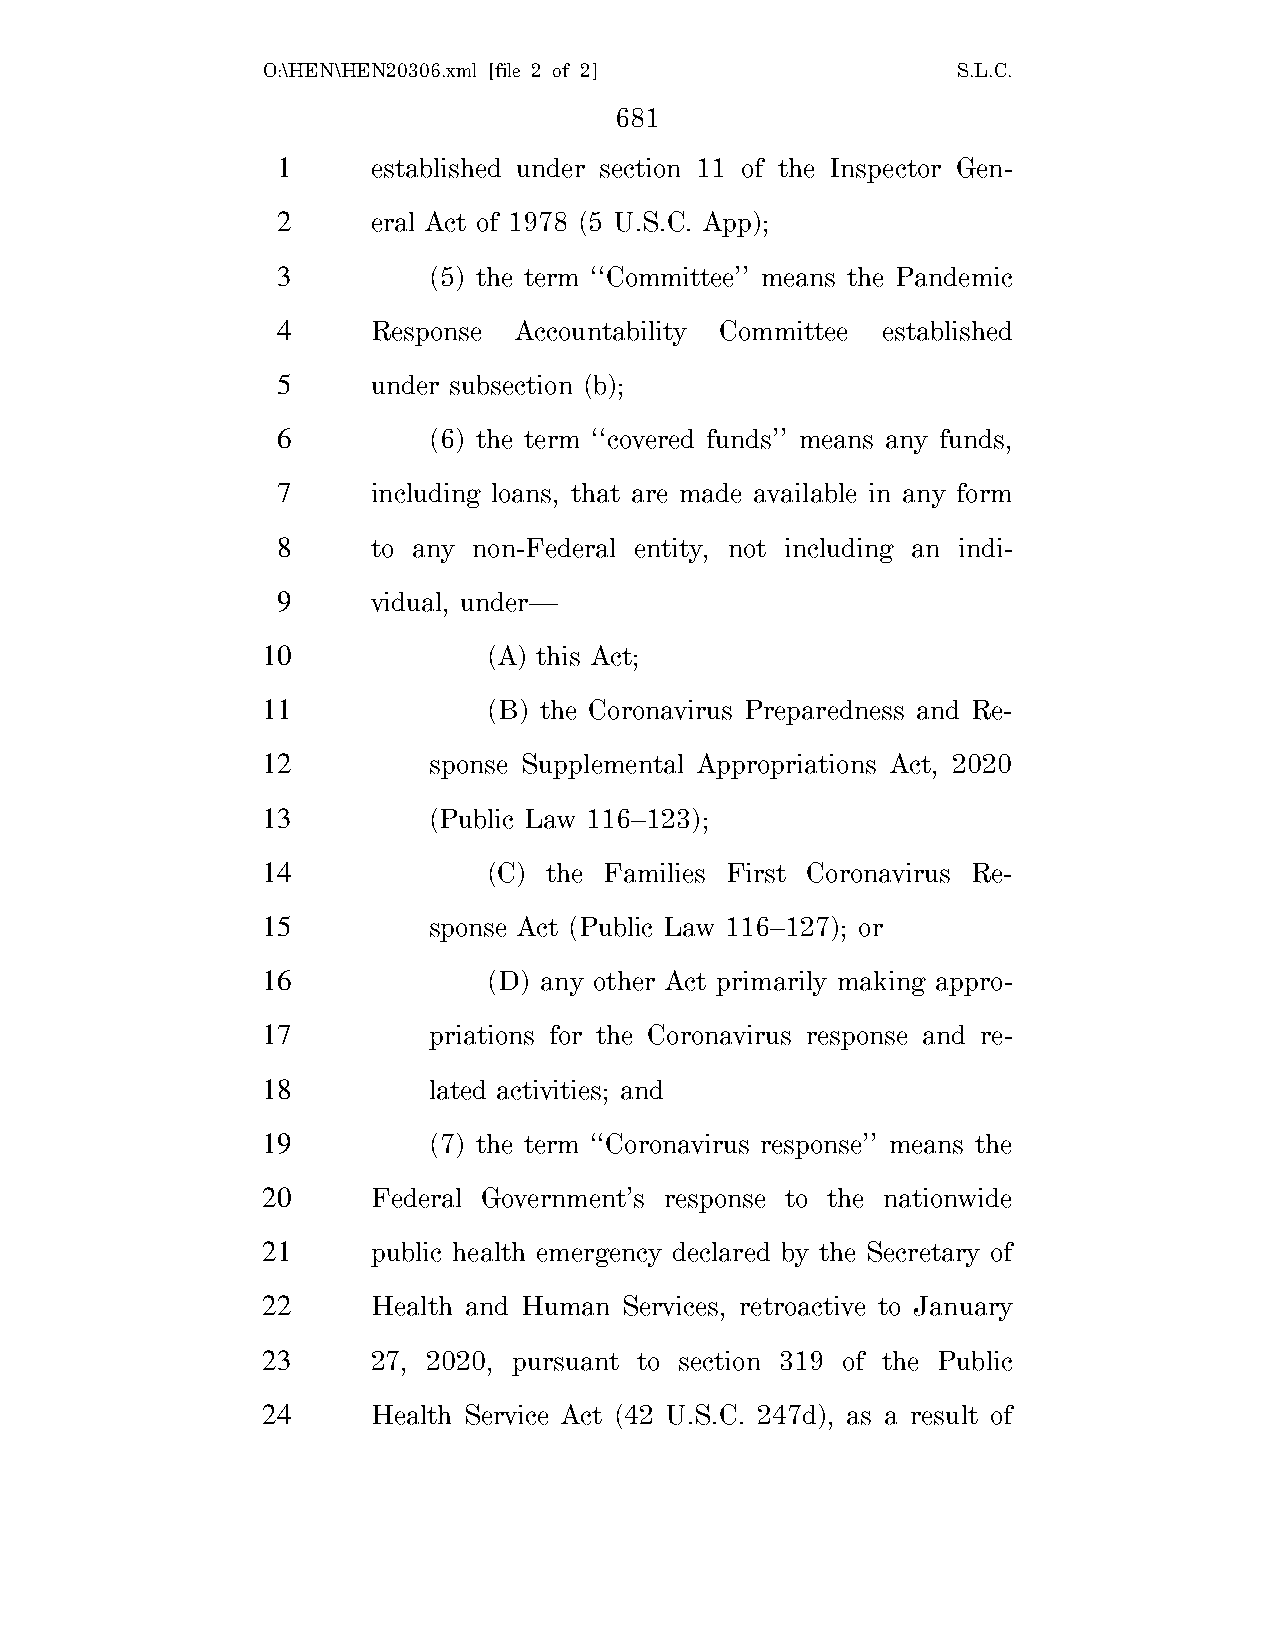
O:\HEN\HEN20306.xml [file 2 of 2]             S.L.C.
 681
 1      established under section 11 of the Inspector Gen-
 2      eral Act of 1978 (5 U.S.C. App);
 3         (5) the term ‘‘Committee’’ means the Pandemic
 4      Response Accountability Committee established
 5      under subsection (b);
 6         (6) the term ‘‘covered funds’’ means any funds,
 7      including loans, that are made available in any form
 8      to any non-Federal entity, not including an indi-
 9      vidual, under—
 10             (A) this Act;
 11             (B) the Coronavirus Preparedness and Re-
 12         sponse Supplemental Appropriations Act, 2020
 13         (Public Law 116–123);
 14             (C) the Families First Coronavirus Re-
 15         sponse Act (Public Law 116–127); or
 16             (D) any other Act primarily making appro-
 17         priations for the Coronavirus response and re-
 18         lated activities; and
 19         (7) the term ‘‘Coronavirus response’’ means the
 20      Federal Government’s response to the nationwide
 21      public health emergency declared by the Secretary of
 22      Health and Human Services, retroactive to January
 23      27, 2020, pursuant to section 319 of the Public
 24      Health Service Act (42 U.S.C. 247d), as a result of